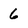
Character: 6